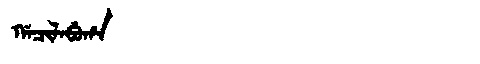
Manchu: ᡤᠠᠴᡳᠯᠠᠪᡠᡥᠠ
Romanization: GACILABUHA